Document type: Grant of rights
Year: 1280
Scribe: Pere Marc
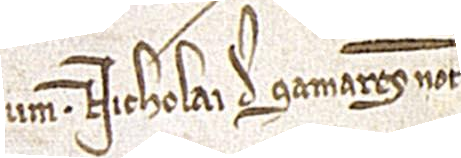
num Nicholai de Samanres, notarii